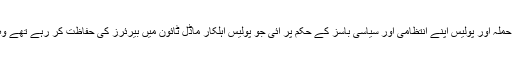
انہوں نے کہا کہ ڈاکٹر طاہر القادری کی رہائش گاہ اور منہاج القرآن سیکرٹریٹ پر حملہ آور پولیس اپنے انتظامی اور سیاسی باسز کے حکم پر آئی جو پولیس اہلکار ماڈل ٹائون میں بیرئرز کی حفاظت کر رہے تھے وہ لاہور ہائیکورٹ کے حکم پر مقامی پولیس افسران کی منظوری سے تعینات تھے ۔